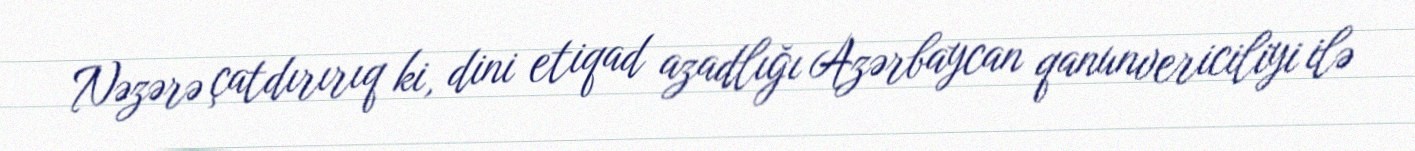
Nəzərə çatdırırıq ki, dini etiqad azadlığı Azərbaycan qanunvericiliyi ilə